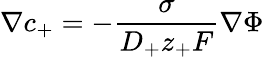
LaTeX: \nabla c_{+}=-\frac{\sigma}{D_{+}z_{+}F}\nabla\Phi